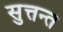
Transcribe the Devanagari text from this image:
सुत्तन्त